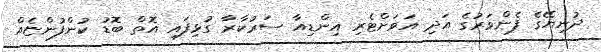
ދުނިޔޭގެ ފެންވަރުގެ އަދި އަވަށްޓެރި އިންޑިއާ ސަރުކާރާ ގުޅިފައި އޮތް ބޮޑު ކުންފުންޏެއް